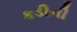
કડીની